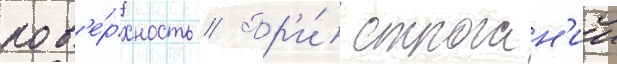
пов'е́рхность // Пр'и́ строган'ии